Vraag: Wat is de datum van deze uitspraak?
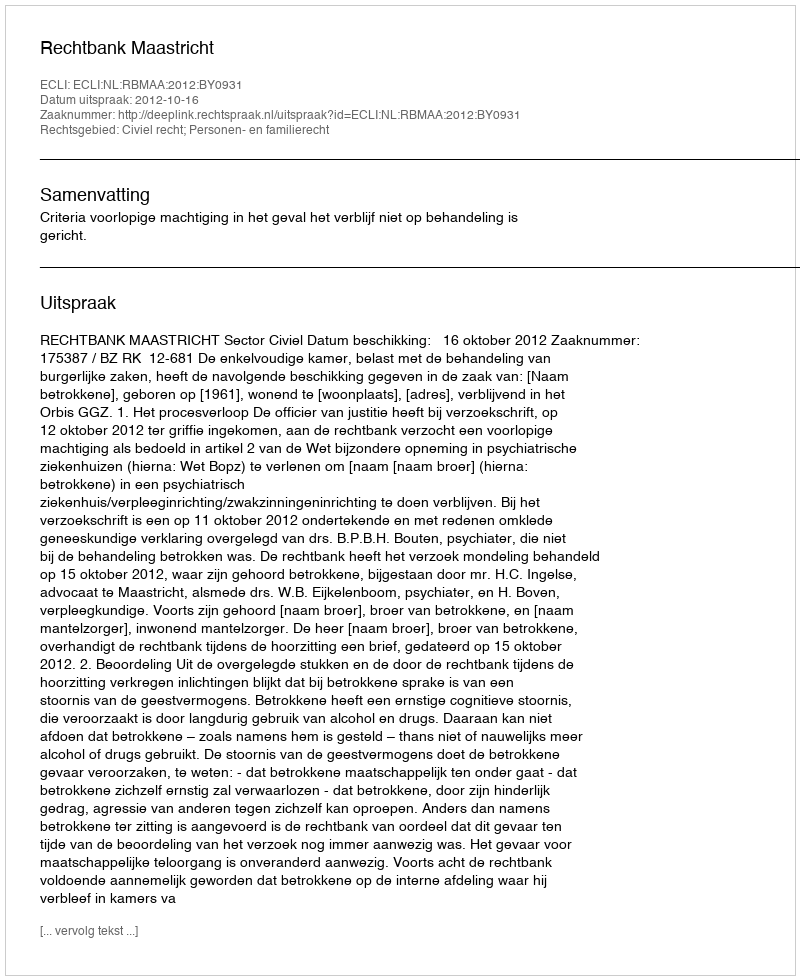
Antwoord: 2012-10-16